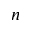
n